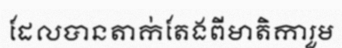
ដែលបានតាក់តែងពីមាតិការួម